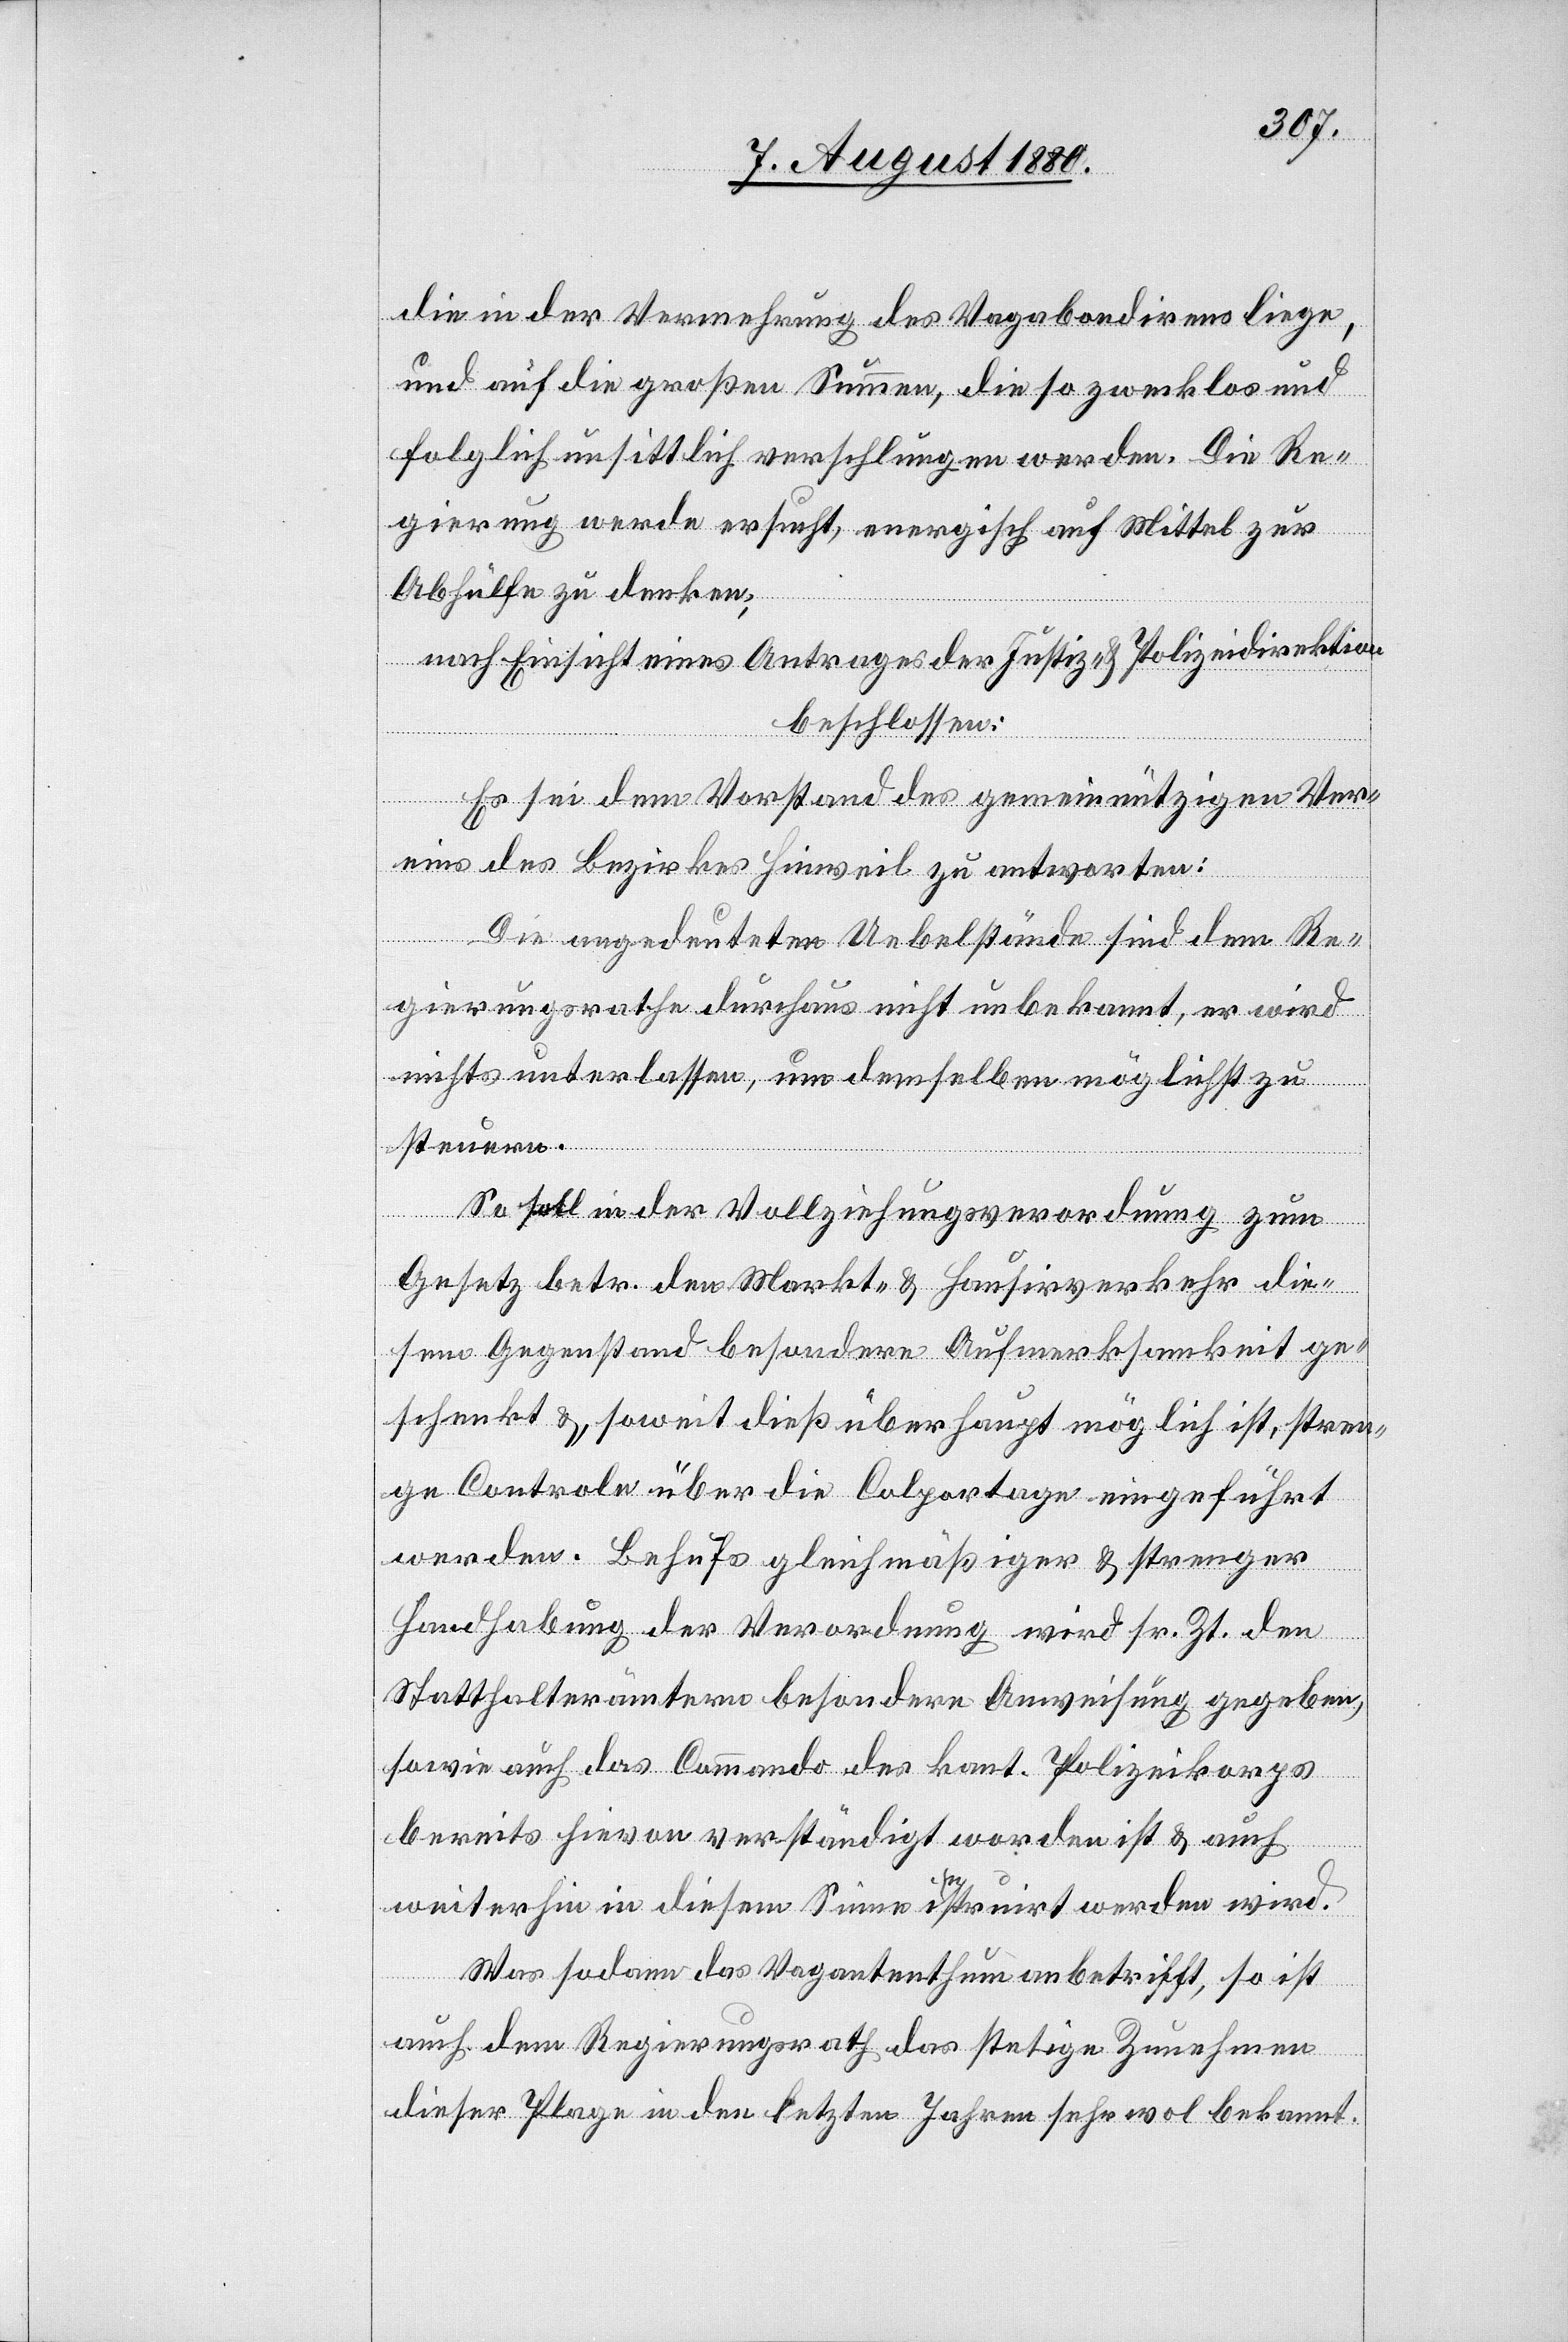
die in der Vermehrung des Vagabundirens liege,
und auf die großen Summen, die so zwecklos und
folglich unsittlich verschlungen werden. Die Re¬
gierung werde ersucht, energisch auf Mittel zur
Abhülfe zu denken;
nach Einsicht eines Antrages der Justiz- & Polizeidirektion
beschlossen:
Es sei dem Vorstand des gemeinnützigen Ver¬
eins des Bezirkes Hinweil zu antworten:
Die angedeuteten Uebelstände sind dem Re¬
gierungsrathe durchaus nicht unbekannt, er wird
nichts unterlassen, um demselben möglichst zu
steuern.
So soll in der Vollziehungsverordnung zum
Gesetz betr. den Markt- & Hausirverkehr die¬
sem Gegenstand besondere Aufmerksamkeit ge¬
schenkt &, soweit dieß überhaupt möglich ist, stren¬
ge Controle über die Colportage eingeführt
werden. Behufs gleichmäßiger & strenger
Handhabung der Verordnung wird sr. Zt. den
Statthalterämtern besondere Anweisung gegeben,
sowie auch das Commando des kant. Polizeikorps
bereit hievon verständigt worden ist & auch
weiterhin in diesem Sinne instruirt werden wird.
Was sodann das Vagantenthum anbetrifft, so ist
auch dem Regierungsrath das stetige Zunehmen
dieser Plage in den letzten Jahren sehr wol bekannt.